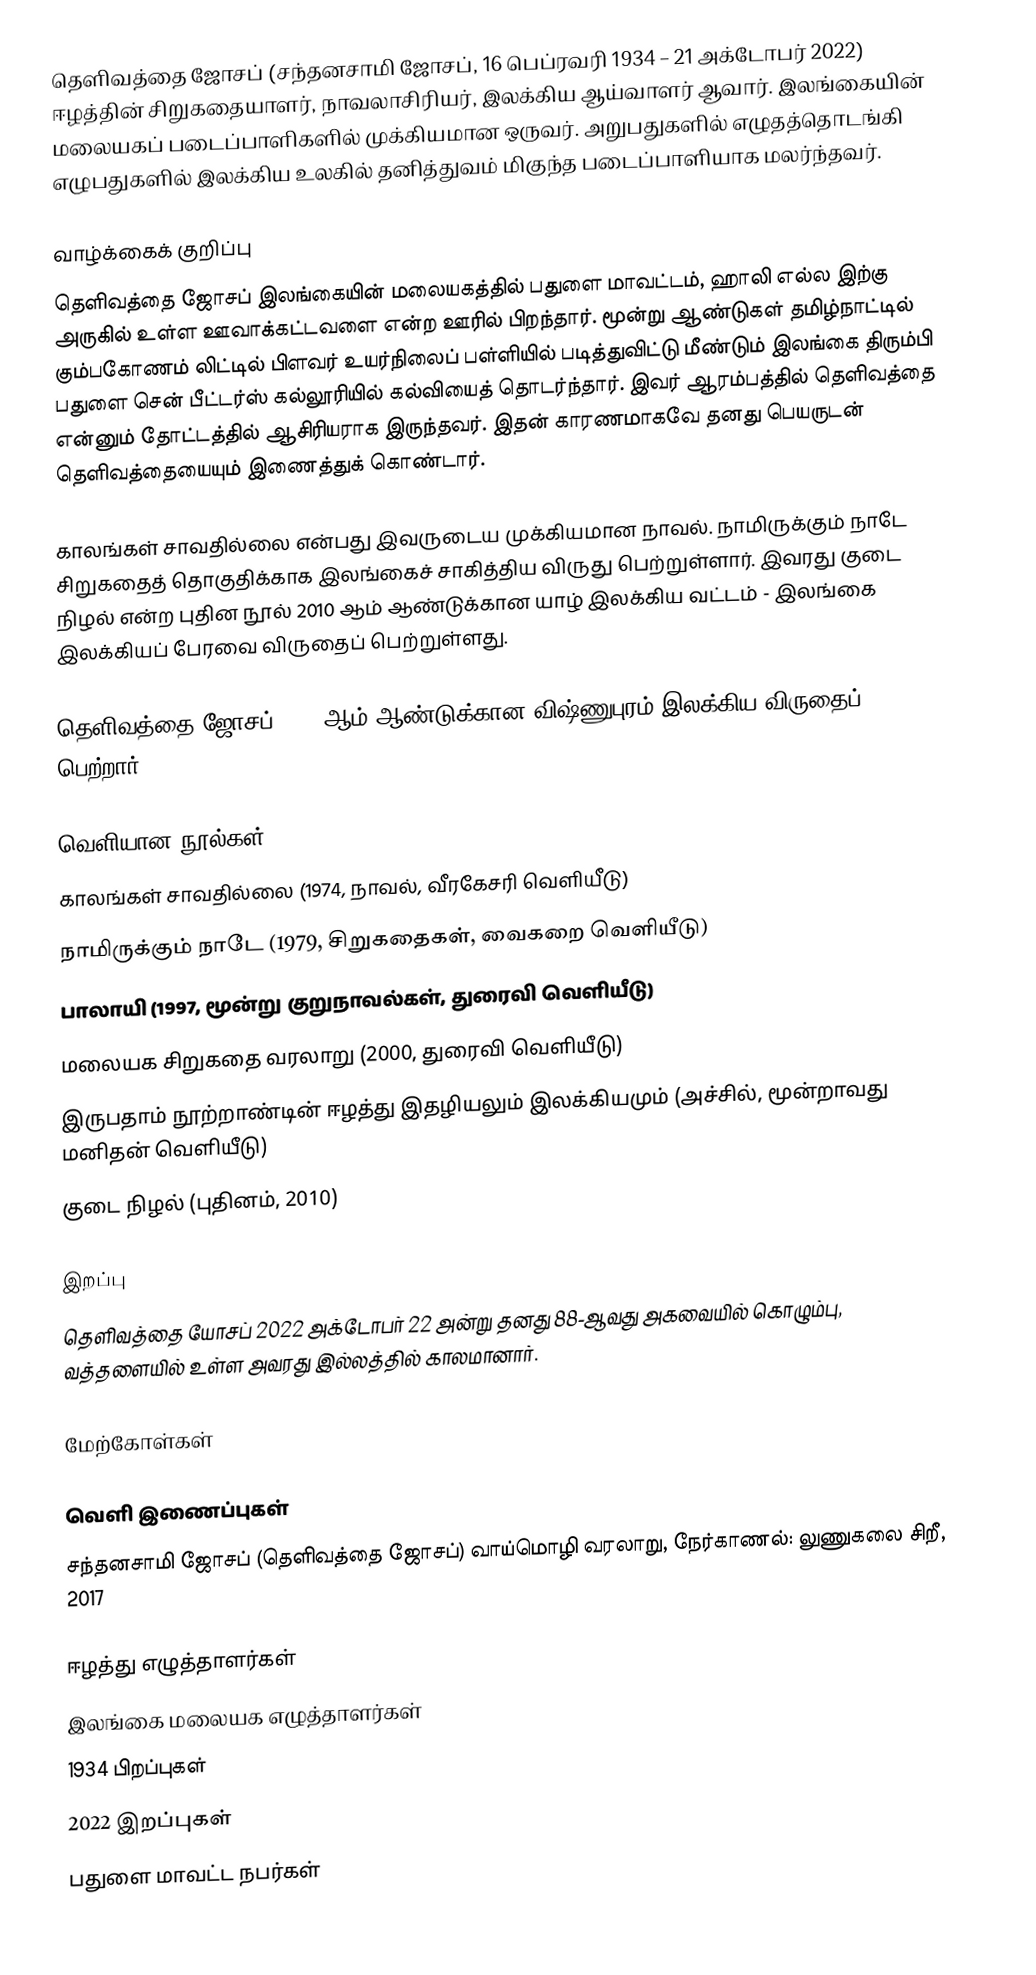
தெளிவத்தை ஜோசப் (சந்தனசாமி ஜோசப், 16 பெப்ரவரி 1934 – 21 அக்டோபர் 2022) ஈழத்தின் சிறுகதையாளர், நாவலாசிரியர், இலக்கிய ஆய்வாளர் ஆவார். இலங்கையின் மலையகப் படைப்பாளிகளில் முக்கியமான ஒருவர். அறுபதுகளில் எழுதத்தொடங்கி எழுபதுகளில் இலக்கிய உலகில் தனித்துவம் மிகுந்த படைப்பாளியாக மலர்ந்தவர்.

வாழ்க்கைக் குறிப்பு
தெளிவத்தை ஜோசப் இலங்கையின் மலையகத்தில் பதுளை மாவட்டம், ஹாலி எல்ல இற்கு அருகில் உள்ள ஊவாக்கட்டவளை என்ற ஊரில் பிறந்தார். மூன்று ஆண்டுகள் தமிழ்நாட்டில் கும்பகோணம் லிட்டில் பிளவர் உயர்நிலைப் பள்ளியில் படித்துவிட்டு மீண்டும் இலங்கை திரும்பி பதுளை சென் பீட்டர்ஸ் கல்லூரியில் கல்வியைத் தொடர்ந்தார். இவர் ஆரம்பத்தில் தெளிவத்தை என்னும் தோட்டத்தில் ஆசிரியராக இருந்தவர். இதன் காரணமாகவே தனது பெயருடன் தெளிவத்தையையும் இணைத்துக் கொண்டார்.

காலங்கள் சாவதில்லை என்பது இவருடைய முக்கியமான நாவல். நாமிருக்கும் நாடே சிறுகதைத் தொகுதிக்காக இலங்கைச் சாகித்திய விருது பெற்றுள்ளார். இவரது குடை நிழல் என்ற புதின நூல் 2010 ஆம் ஆண்டுக்கான யாழ் இலக்கிய வட்டம் - இலங்கை இலக்கியப் பேரவை விருதைப் பெற்றுள்ளது.

தெளிவத்தை ஜோசப் 2013 ஆம் ஆண்டுக்கான விஷ்ணுபுரம் இலக்கிய விருதைப் பெற்றார்.

வெளியான நூல்கள்
காலங்கள் சாவதில்லை (1974, நாவல், வீரகேசரி வெளியீடு)
நாமிருக்கும் நாடே (1979, சிறுகதைகள், வைகறை வெளியீடு)
பாலாயி (1997, மூன்று குறுநாவல்கள், துரைவி வெளியீடு)
மலையக சிறுகதை வரலாறு (2000, துரைவி வெளியீடு)
இருபதாம் நூற்றாண்டின் ஈழத்து இதழியலும் இலக்கியமும் (அச்சில், மூன்றாவது மனிதன் வெளியீடு)
குடை நிழல் (புதினம், 2010)

இறப்பு
தெளிவத்தை யோசப் 2022 அக்டோபர் 22 அன்று தனது 88-ஆவது அகவையில் கொழும்பு, வத்தளையில் உள்ள அவரது இல்லத்தில் காலமானார்.

மேற்கோள்கள்

வெளி இணைப்புகள்
சந்தனசாமி ஜோசப் (தெளிவத்தை ஜோசப்) வாய்மொழி வரலாறு, நேர்காணல்: லுணுகலை சிறீ, 2017

ஈழத்து எழுத்தாளர்கள்
இலங்கை மலையக எழுத்தாளர்கள்
1934 பிறப்புகள்
2022 இறப்புகள்
பதுளை மாவட்ட நபர்கள்